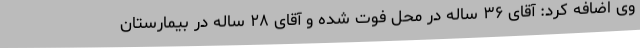
وی اضافه کرد: آقای ۳۶ ساله در محل فوت شده و آقای ۲۸ ساله در بیمارستان